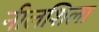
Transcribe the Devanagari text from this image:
नीलशिला